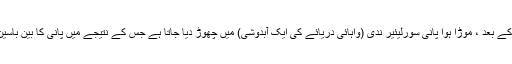
بجلی کی پیداوار کے بعد ، موڑا ہوا پانی سورلیئیر ندی (واہائی دریائے کی ایک آبدوشی) میں چھوڑ دیا جاتا ہے جس کے نتیجے میں پانی کا بین باسین منتقلی ہوتا ہے۔